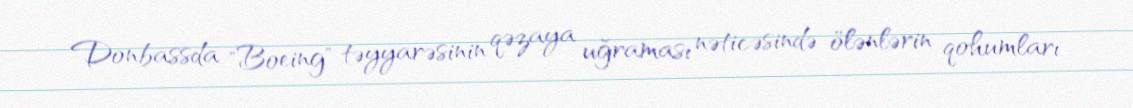
Donbassda "Boeing" təyyarəsinin qəzaya uğraması nəticəsində ölənlərin qohumları